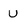
Character: U